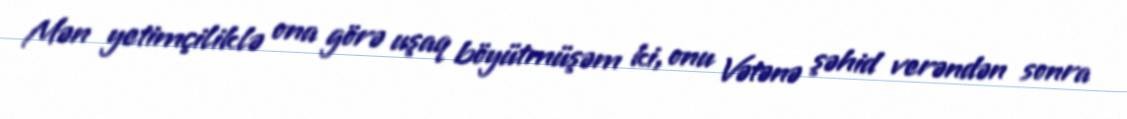
Mən yetimçiliklə ona görə uşaq böyütmüşəm ki, onu Vətənə şəhid verəndən sonra